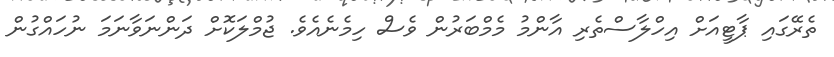
ތެރޭގައި ޕާޓީއަށް އިހްލާސްތެރި އާންމު މެމްބަރުން ވެސް ހިމެނެއެވެ. ޖުމްލަކޮށް ދަންނަވާނަމަ ނުހައްގުން